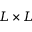
L \times L